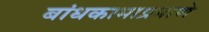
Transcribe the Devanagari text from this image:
बांधकामाप्रमाणे